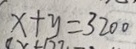
x + y = 3 2 0 0